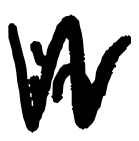
Text: in
Cross-out: zig-zag
Writing tool: digital_black